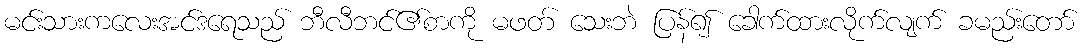
မင်းသားကလေးအင်ဒရေသည် ဘီလီဘင်၏စာကို မဖတ် သေးဘဲ ပြန်၍ ခေါက်ထားလိုက်လျက် ခမည်းတော်